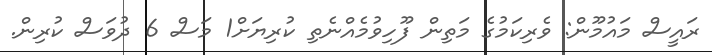
ރައީސް މައުމޫން: ވެރިކަމުގެ މަތިން ފޫހިވުމެއްނެތި ކުރިޔަށް1 މަސް 6 ދުވަސް ކުރިން.